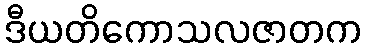
ဒီယတိကောသလဇာတက